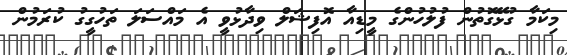
މިކަމާ ގުޅޭގޮތުން ފުލުހުންގެ މީޑިއާ އޮފިޝަލް ވިދާޅުވީ އެ މައްސަލަ ތަހުގީގު ކުރަމުން